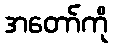
အတော်ကို